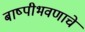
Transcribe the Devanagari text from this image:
बाष्पीभवणाचे